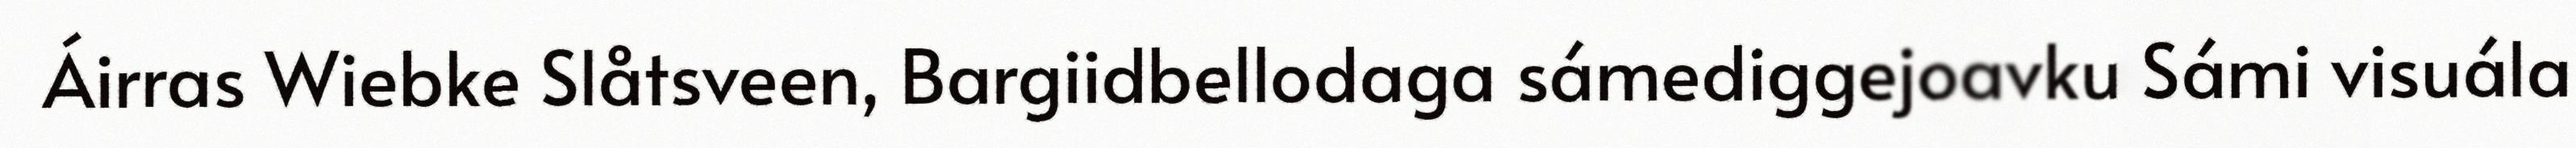
Áirras Wiebke Slåtsveen, Bargiidbellodaga sámediggejoavku Sámi visuála